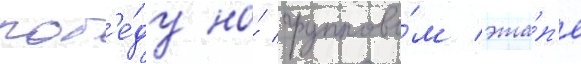
поб'е́ду на́ группово́м эта́п'е